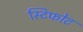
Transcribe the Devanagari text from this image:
स्टिफोट